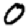
Digit: 0